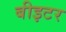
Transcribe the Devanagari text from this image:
बीइटर